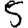
Digit: 5